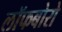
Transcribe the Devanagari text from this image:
लॉफबोरो